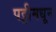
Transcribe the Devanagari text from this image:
पट्टीमधून